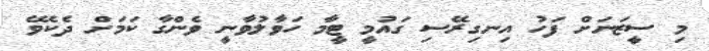
މި ސީޒަނަށް ފަހު އިނގިރޭސި ގައުމީ ޓީމާ ހަވާލުވާނީ ވެންގާ ކަމަށް ދެކެވޭ